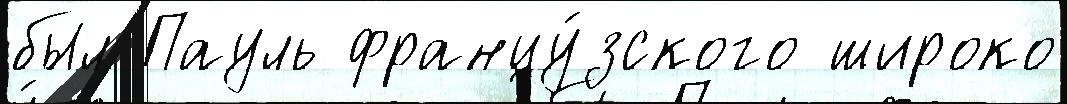
был Пауль францу́зского широко